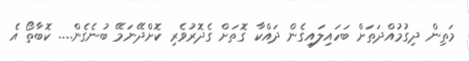
މަތިން ދިގުމުއްދަތަށް ބަހައިލައިގެން ދައްކާ ގޮތަށް ގެދޮރުވެރި ކޮށްދޭނަމޭ ބުނެގެން.... ކޮބާތޯ އެ